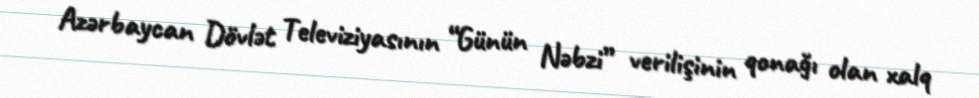
Azərbaycan Dövlət Televiziyasının “Günün Nəbzi” verilişinin qonağı olan xalq